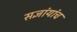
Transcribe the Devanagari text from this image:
सज्ञांयांच